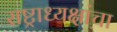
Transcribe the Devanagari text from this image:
राष्ट्राध्यक्षांचा